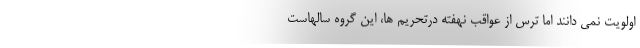
اولویت نمی دانند اما ترس از عواقب نهفته درتحریم ها، این گروه سالهاست